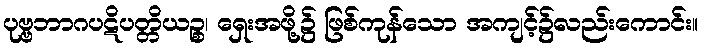
ပုဗ္ဗဘာဂပဋိပတ္တိယဉ္စ၊ ရှေးအဖို့၌ ဖြစ်ကုန်သော အကျင့်၌လည်းကောင်း။